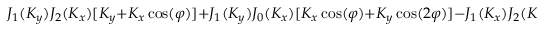
J _ { 1 } ( K _ { y } ) J _ { 2 } ( K _ { x } ) [ K _ { y } + K _ { x } \cos ( \varphi ) ] + J _ { 1 } ( K _ { y } ) J _ { 0 } ( K _ { x } ) [ K _ { x } \cos ( \varphi ) + K _ { y } \cos ( 2 \varphi ) ] - J _ { 1 } ( K _ { x } ) J _ { 2 } ( K _ { y } )